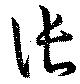
張